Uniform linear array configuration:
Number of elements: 24
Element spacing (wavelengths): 0.75
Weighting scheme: binomial
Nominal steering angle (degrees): -15
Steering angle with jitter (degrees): -13.064
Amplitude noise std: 0.05
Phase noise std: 0.05

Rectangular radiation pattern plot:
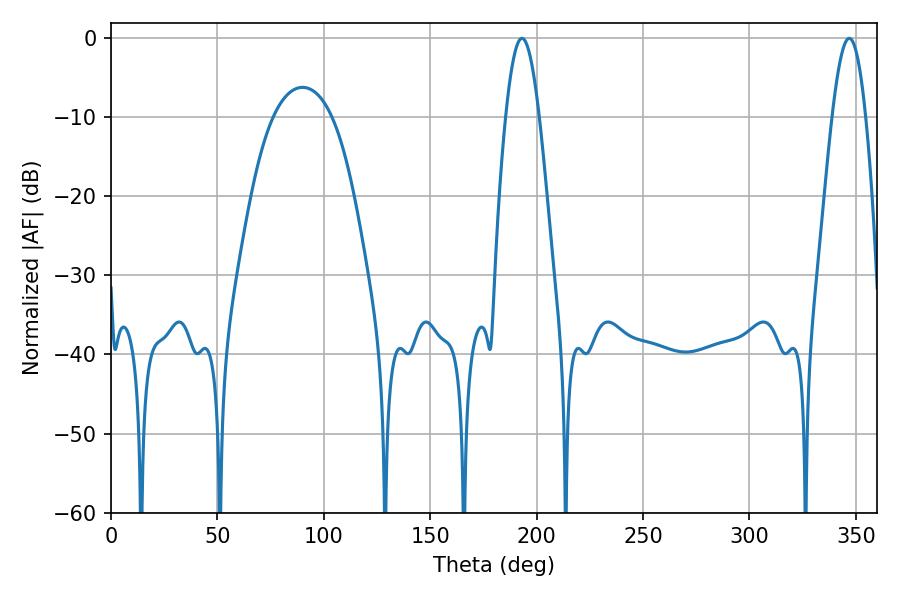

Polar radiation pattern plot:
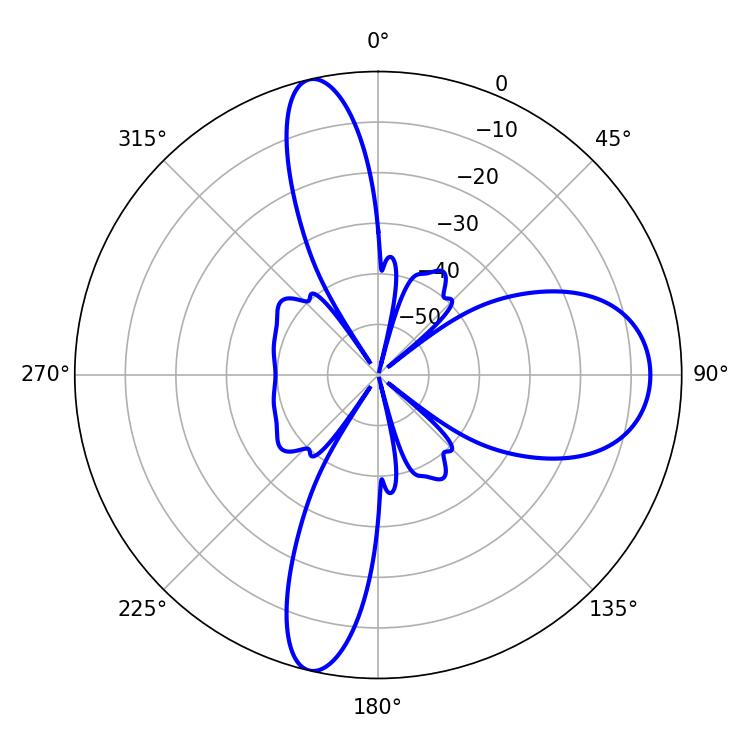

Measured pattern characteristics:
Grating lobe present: TRUE
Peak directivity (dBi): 17.94
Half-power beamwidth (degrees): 8.64
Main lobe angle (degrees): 193.14